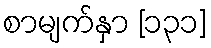
စာမျက်နှာ [၁၃၁]